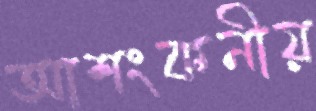
আশংকনীয়